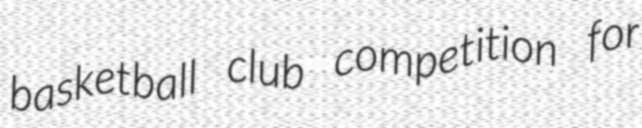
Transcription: basketball club competition for